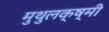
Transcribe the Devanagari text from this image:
मुथुलक्ष्मी